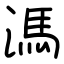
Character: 溤